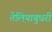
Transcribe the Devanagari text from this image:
तेलियाबुधरी